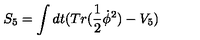
S _ { 5 } = \int d t ( T r ( \frac { 1 } { 2 } \dot { \phi } ^ { 2 } ) - V _ { 5 } )